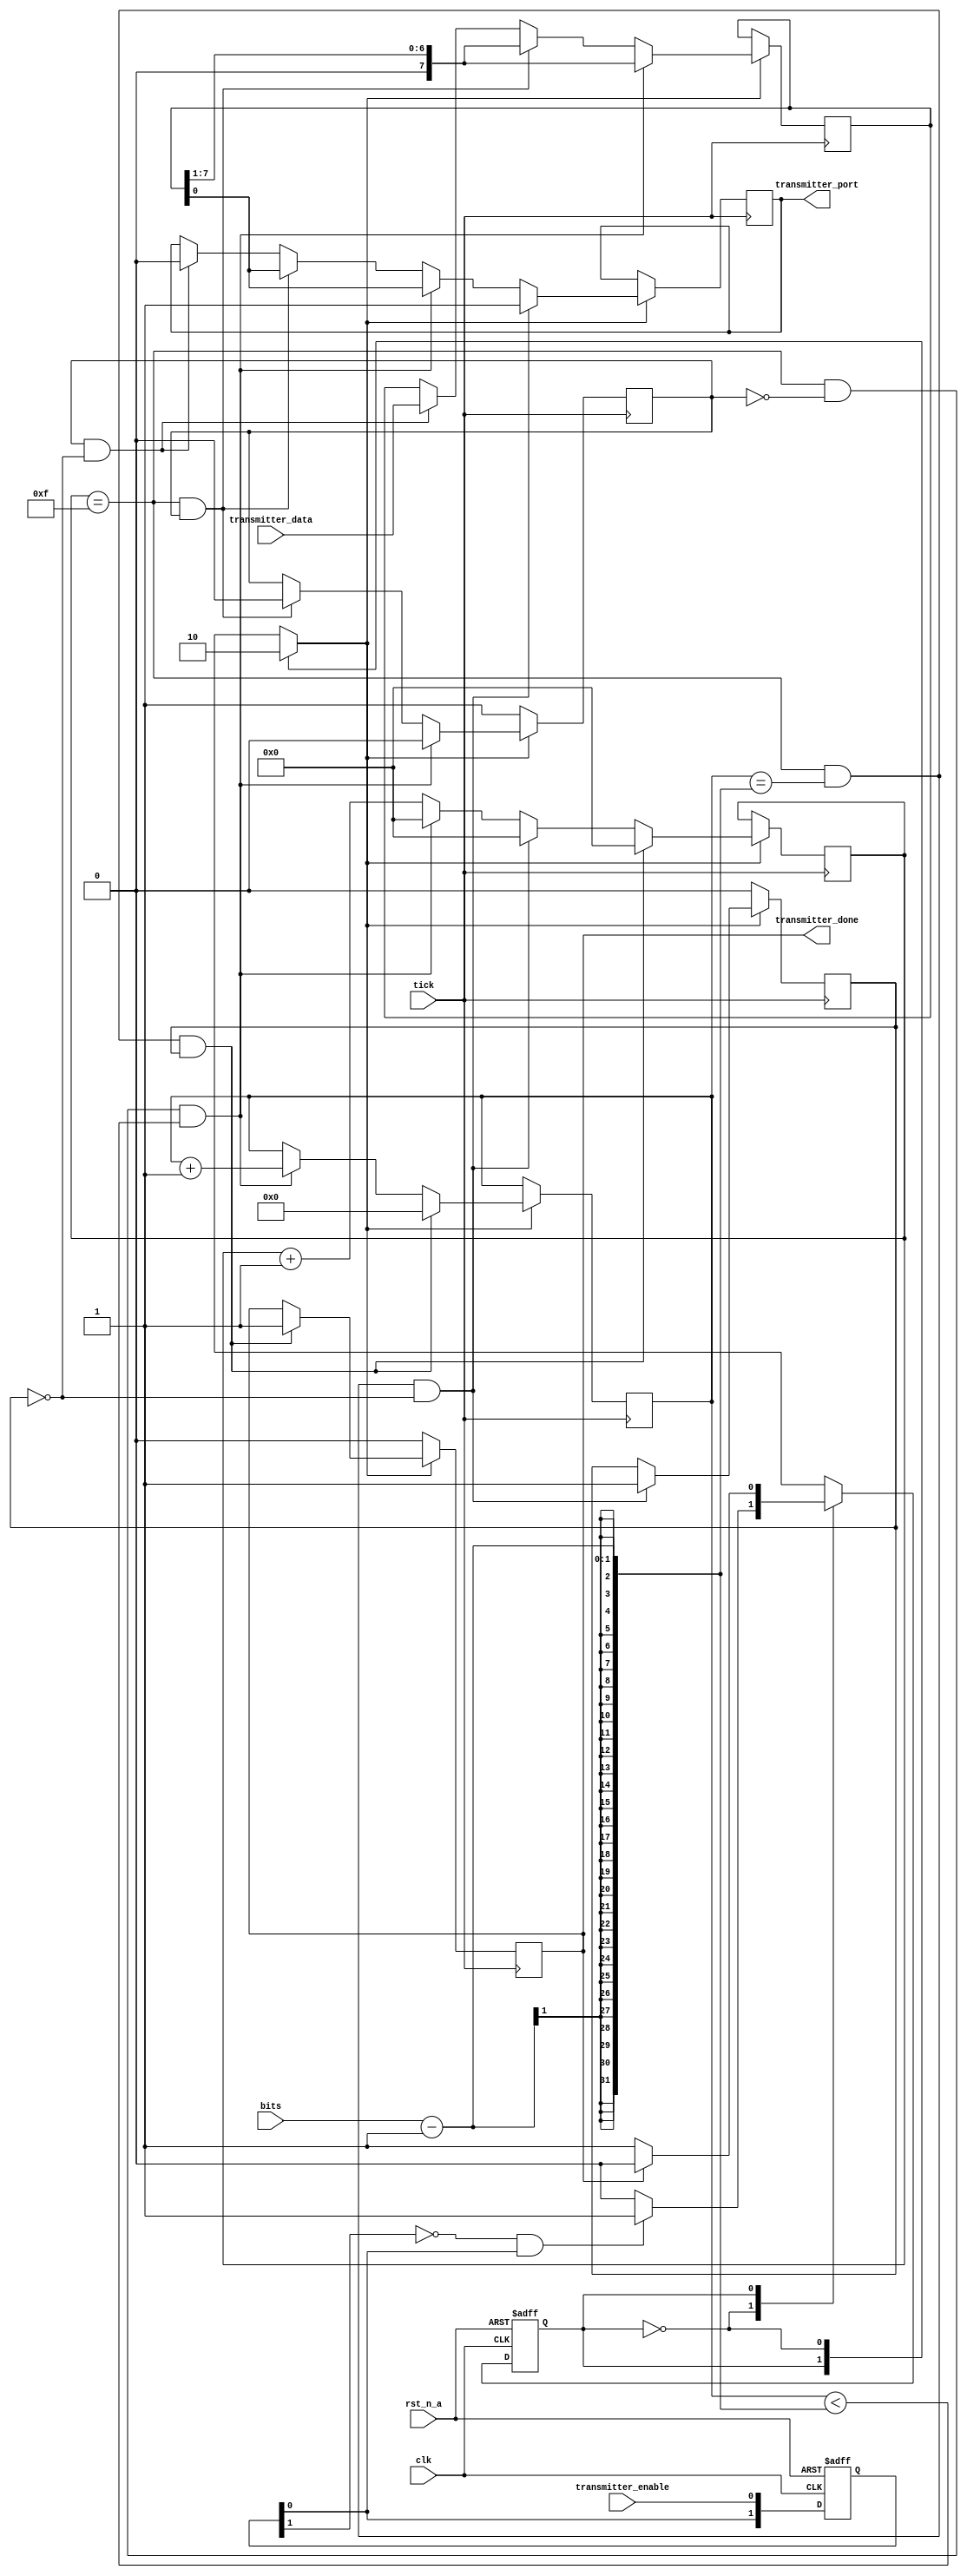

module UART_rs232_tx (
	input clk, rst_n_a,
	input transmitter_enable,
	input [7:0] transmitter_data,
	output reg transmitter_done,
	output reg transmitter_port,
	input tick,
	input bits
);

	parameter IDLE = 1'b0, WRITE = 1'b1;

	reg STATE, NEXT;
	reg write_enable = 1'b0;
	reg start_bit = 1'b1;
	reg stop_bit = 1'b0;
	reg [4:0] bit = 5'b00000;
	reg [3:0] counter = 4'b0000;
	reg [7:0] in_data = 8'b00000000;
	reg [1:0] R_edge;
	wire D_edge;

	always @ (posedge clk or negedge rst_n_a) begin
		if(!rst_n_a)
			R_edge <= 2'b00;
		else
			R_edge <={R_edge[0], transmitter_enable};
	end

	always @ (posedge clk or negedge rst_n_a) begin
		if (!rst_n_a) STATE <= IDLE;
		else STATE <= NEXT;
	end

	always @ (STATE or D_edge or transmitter_data or transmitter_done) begin
		case(STATE)
			IDLE:
				if(D_edge)
					NEXT = WRITE;
				else
					NEXT = IDLE;
			WRITE:
				if(transmitter_done)
					NEXT = IDLE;
				else
					NEXT = WRITE;
			default:
				NEXT = IDLE;
		endcase
	end

	always @ (STATE) begin
		case (STATE)
			WRITE:
				write_enable <= 1'b1;
			IDLE:
				write_enable <= 1'b0;
		endcase
	end

	always @ (posedge tick) begin
		if (!write_enable) begin
			transmitter_done = 1'b0;
			start_bit <= 1'b1;
			stop_bit <= 1'b0;
		end else if (write_enable) begin
			counter <= counter + 1;

			if (start_bit & !stop_bit) begin
				transmitter_port <=1'b0;
				in_data <= transmitter_data;
			end

			if ((counter == 4'b1111) & (start_bit)) begin
				start_bit <= 1'b0;
				in_data <= {1'b0, in_data[7:1]};
				transmitter_port <= in_data[0];
			end

			if ((counter == 4'b1111) & (!start_bit) &  (bit < bits - 1)) begin
				in_data <= {1'b0, in_data[7:1]};
				transmitter_port <= in_data[0];
				start_bit <= 1'b0;
				counter <= 4'b0000;
				bit <= bit + 1;
			end

			if ((counter == 4'b1111) & (bit == bits - 1) & (!stop_bit)) begin
				transmitter_port <= 1'b1;
				counter <= 4'b0000;
				stop_bit <=1'b1;
			end

			if ((counter == 4'b1111) & (bit == bits - 1) & (stop_bit) ) begin
				bit <= 4'b0000;
				transmitter_done <= 1'b1;
				counter <= 4'b0000;
			end
		end
	end

	assign D_edge = !R_edge[1] & R_edge[0];

endmodule